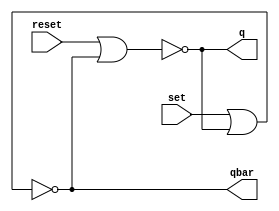
// S-R latch.
module SR_Latch(reset, set, q, qbar);
input reset, set;
output q, qbar;

	nor(q, reset, qbar);
	nor(qbar, set, q);

endmodule